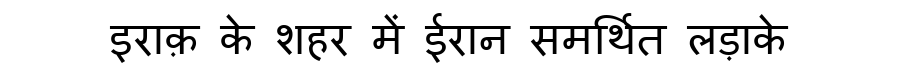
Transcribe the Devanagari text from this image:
इराक़ के शहर में ईरान समर्थित लड़ाके